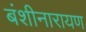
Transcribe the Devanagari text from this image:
बंशीनारायण